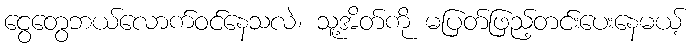
ငွေတွေဘယ်လောက်ဝင်နေသလဲ၊ သူ့အိတ်ကို မပြတ်ဖြည့်တင်းပေးနေမယ့်